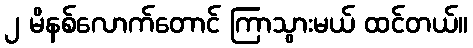
၂ မိနစ်လောက်တောင် ကြာသွားမယ် ထင်တယ်။